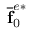
\mathbf { \overline { { f } } } _ { 0 } ^ { e * }